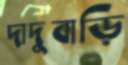
দাদুবাড়ি